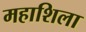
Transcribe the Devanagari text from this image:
महाशिला